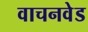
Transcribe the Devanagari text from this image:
वाचनवेड